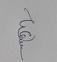
Signature authenticity: genuine